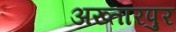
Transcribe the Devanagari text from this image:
अख्तारपुर